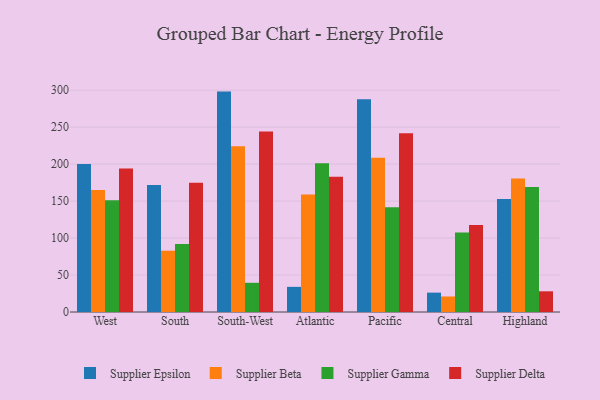
{"axis": {"x": "Region", "y": "Population (Million)"}, "legend": ["Supplier Beta", "Supplier Delta", "Supplier Epsilon", "Supplier Gamma"], "data": [{"x": "West", "y": 200.1, "type": "Supplier Epsilon"}, {"x": "West", "y": 164.9, "type": "Supplier Beta"}, {"x": "West", "y": 151.2, "type": "Supplier Gamma"}, {"x": "West", "y": 194.2, "type": "Supplier Delta"}, {"x": "South", "y": 171.8, "type": "Supplier Epsilon"}, {"x": "South", "y": 82.9, "type": "Supplier Beta"}, {"x": "South", "y": 91.9, "type": "Supplier Gamma"}, {"x": "South", "y": 174.7, "type": "Supplier Delta"}, {"x": "South-West", "y": 298.1, "type": "Supplier Epsilon"}, {"x": "South-West", "y": 224.2, "type": "Supplier Beta"}, {"x": "South-West", "y": 39.5, "type": "Supplier Gamma"}, {"x": "South-West", "y": 244.2, "type": "Supplier Delta"}, {"x": "Atlantic", "y": 34.0, "type": "Supplier Epsilon"}, {"x": "Atlantic", "y": 158.8, "type": "Supplier Beta"}, {"x": "Atlantic", "y": 201.1, "type": "Supplier Gamma"}, {"x": "Atlantic", "y": 182.8, "type": "Supplier Delta"}, {"x": "Pacific", "y": 287.7, "type": "Supplier Epsilon"}, {"x": "Pacific", "y": 208.6, "type": "Supplier Beta"}, {"x": "Pacific", "y": 141.6, "type": "Supplier Gamma"}, {"x": "Pacific", "y": 241.7, "type": "Supplier Delta"}, {"x": "Central", "y": 26.2, "type": "Supplier Epsilon"}, {"x": "Central", "y": 21.0, "type": "Supplier Beta"}, {"x": "Central", "y": 107.5, "type": "Supplier Gamma"}, {"x": "Central", "y": 117.8, "type": "Supplier Delta"}, {"x": "Highland", "y": 152.8, "type": "Supplier Epsilon"}, {"x": "Highland", "y": 180.6, "type": "Supplier Beta"}, {"x": "Highland", "y": 169.0, "type": "Supplier Gamma"}, {"x": "Highland", "y": 28.0, "type": "Supplier Delta"}]}